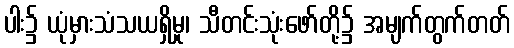
ပါး၌ ယုံမှားသံသယရှိမှု၊ သီတင်းသုံးဖော်တို့၌ အမျက်တွက်တတ်